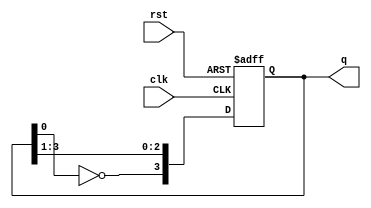
module johnson_counter (
    input wire clk,          // Clock signal
    input wire rst,          // Asynchronous reset
    output reg [3:0] q       // 4-bit output
);

// Always block for the Johnson counter behavior
always @(posedge clk or posedge rst) begin
    if (rst) begin
        q <= 4'b0000;  // Reset the counter to 0
    end else begin
        q[3] <= ~q[0];  // Invert the last flip-flop and assign to the first
        q[2] <= q[3];   // Shift the state of the 3rd flip-flop
        q[1] <= q[2];   // Shift the state of the 2nd flip-flop
        q[0] <= q[1];   // Shift the state of the 1st flip-flop
    end
end

endmodule